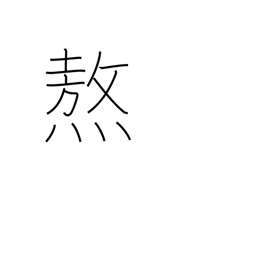
Meaning: roast